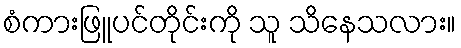
စံကားဖြူပင်တိုင်းကို သူ သိနေသလား။